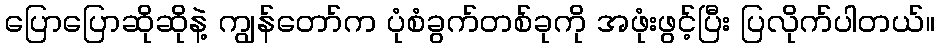
ပြောပြောဆိုဆိုနဲ့ ကျွန်တော်က ပုံစံခွက်တစ်ခုကို အဖုံးဖွင့်ပြီး ပြလိုက်ပါတယ်။